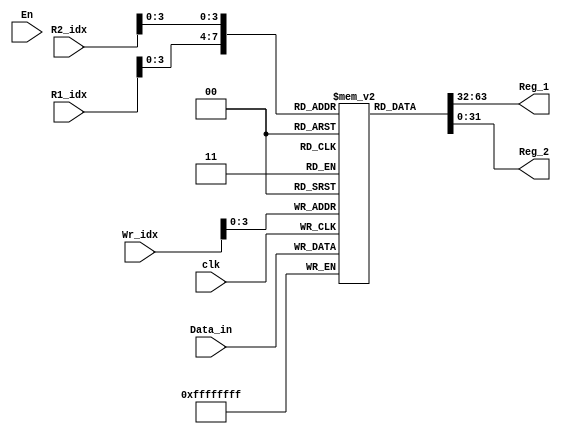
`timescale 1ns / 1ps
//////////////////////////////////////////////////////////////////////////////////
// Company: 
// Engineer: 
// 
// Design Name: 
// Module Name: RegisterFile
// Project Name: 
// Target Devices: 
// Tool Versions: 
// Description: 
// 
// Dependencies: 
// 
// Revision:
// Revision 0.01 - File Created
// Additional Comments:
// 
//////////////////////////////////////////////////////////////////////////////////


module RegisterFile(
    input clk,
    input [31:0] Data_in,
    input [4:0] Wr_idx,
    input En,
    input [4:0] R1_idx,
    input [4:0] R2_idx,
    output [31:0] Reg_1,
    output [31:0] Reg_2    
    );
    reg [31:0] GPR [15:0];
    // integer i;
    initial 
    begin
     GPR[1] = 32'd1;
     GPR[2] = 32'd2;
     GPR[3] = 32'd3;
     end
    
    assign Reg_1 = GPR[R1_idx];
    assign Reg_2 = GPR[R2_idx];
    //assign GPR[Wr_idx] <= Data_in;
    always @(negedge clk)
    begin
     GPR[Wr_idx] <= Data_in;
    end
endmodule